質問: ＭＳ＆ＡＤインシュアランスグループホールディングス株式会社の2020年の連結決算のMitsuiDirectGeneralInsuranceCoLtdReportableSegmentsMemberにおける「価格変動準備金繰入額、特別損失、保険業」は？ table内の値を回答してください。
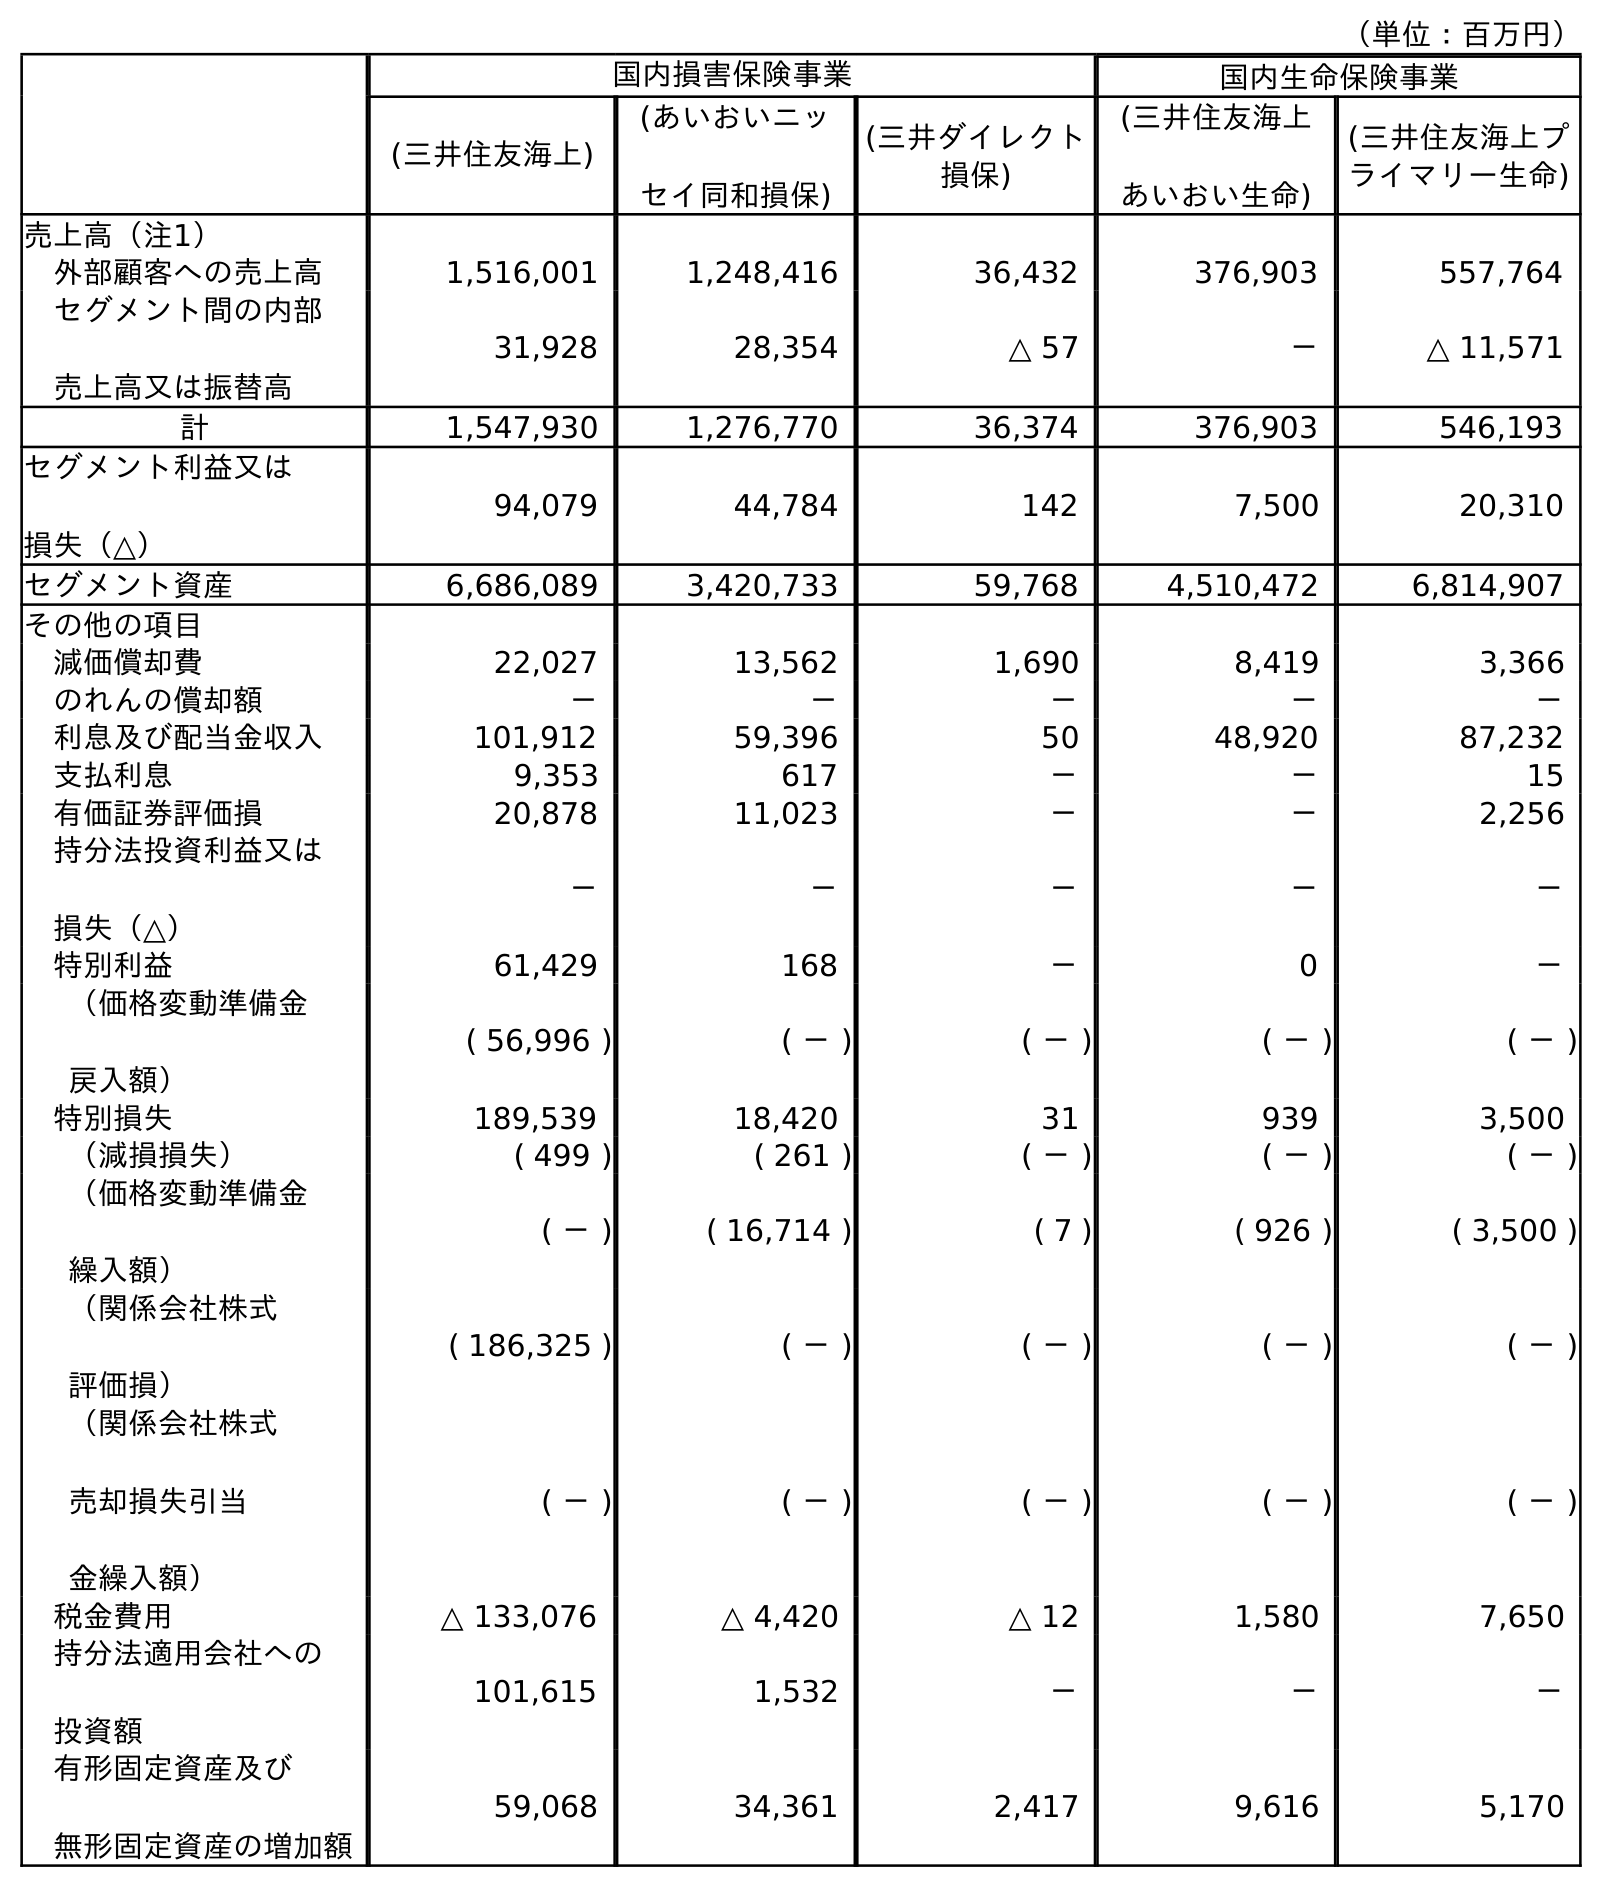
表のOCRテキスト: （単位：百万円） 国内損害保険事業 国内生命保険事業 (三井住友海上) (あいおいニッ セイ同和損保) (三井ダイレクト 損保) (三井住友海上 あいおい生命) (三井住友海上プ ライマリー生命) 売上高（注1） 外部顧客への売上高 1,516,001 1,248,416 36,432 376,903 557,764 セグメント間の内部 売上高又は振替高 31,928 28,354 △ 57 － △ 11,571 計 1,547,930 1,276,770 36,374 376,903 546,193 セグメント利益又は 損失（△） 94,079 44,784 142 7,500 20,310 セグメント資産 6,686,089 3,420,733 59,768 4,510,472 6,814,907 その他の項目 減価償却費 22,027 13,562 1,690 8,419 3,366 のれんの償却額 － － － － － 利息及び配当金収入 101,912 59,396 50 48,920 87,232 支払利息 9,353 617 － － 15 有価証券評価損 20,878 11,023 － － 2,256 持分法投資利益又は 損失（△） － － － － － 特別利益 61,429 168 － 0 － （価格変動準備金 戻入額） ( 56,996 ) ( － ) ( － ) ( － ) ( － ) 特別損失 189,539 18,420 31 939 3,500 （減損損失） ( 499 ) ( 261 ) ( － ) ( － ) ( － ) （価格変動準備金 繰入額） ( － ) ( 16,714 ) ( 7 ) ( 926 ) ( 3,500 ) （関係会社株式 評価損） ( 186,325 ) ( － ) ( － ) ( － ) ( － ) （関係会社株式 売却損失引当 金繰入額） ( － ) ( － ) ( － ) ( － ) ( － ) 税金費用 △ 133,076 △ 4,420 △ 12 1,580 7,650 持分法適用会社への 投資額 101,615 1,532 － － － 有形固定資産及び 無形固定資産の増加額 59,068 34,361 2,417 9,616 5,170
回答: (7)